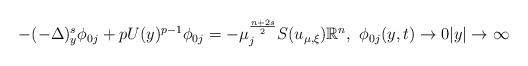
LaTeX: \begin{align*}-(-\Delta)^s_y\phi_{0j} + pU(y)^{p-1}\phi_{0j} = -\mu_j^{\frac{n+2s}{2}}S(u_{\mu, \xi})\mathbb{R}^n,\,\,\phi_{0j}(y, t)\to 0|y|\to \infty\end{align*}